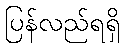
ပြန်လည်ရရှိ